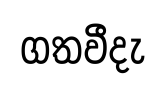
ගතවීදැ